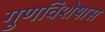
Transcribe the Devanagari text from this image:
गुणविशेषास